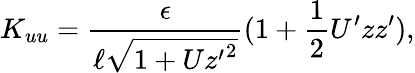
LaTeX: K_{uu}=\frac{\epsilon}{\ell\sqrt{1+U{z^{\prime}}^{2}}}(1+\frac{1}{2}U^{\prime}zz^{\prime}),